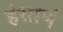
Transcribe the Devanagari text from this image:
हंसाणं